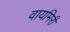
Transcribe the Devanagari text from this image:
वायमिरी